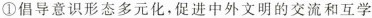
①倡导意识形态多元化，促进中外文明的交流和互学